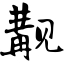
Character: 觏